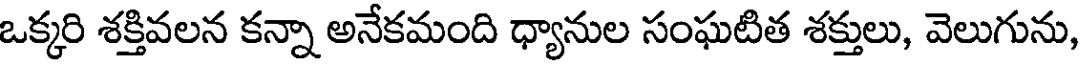
ఒక్కరి శక్తివలన కన్నా అనేకమంది ధ్యానుల సంఘటిత శక్తులు, వెలుగును,